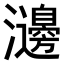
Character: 𤄺